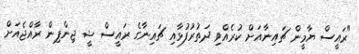
"ރައީސް ޔާމީން ޗައިނާއަށް ކުރެއްވި ދަތުރުފުޅާއި ޗައިނާގެ ރައީސް ޝީ ޖިންޕިން ރާއްޖެއަށް